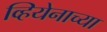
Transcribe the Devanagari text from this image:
व्हियेनाच्या